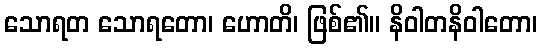
သောရတ သောရတော၊ ဟောတိ၊ ဖြစ်၏။ နိဝါတနိဝါတော၊